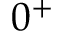
0 ^ { + }